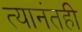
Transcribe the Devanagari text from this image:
त्यानंतही